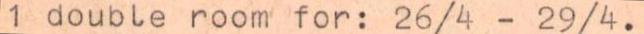
1 double room for: 26/4 - 29/4.